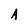
Character: A